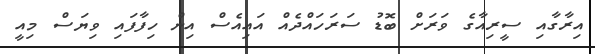
އިރާގާއި ސީރިއާގެ ވަރަށް ބޮޑު ސަރަަހައްދެއް އައިއެސް އިން ހިފާފައި ވިޔަސް މިއީ